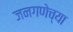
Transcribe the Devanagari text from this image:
जनगणेच्या